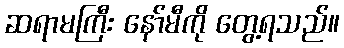
ဆရာမကြီး နော်မီကို တွေ့ရသည်။